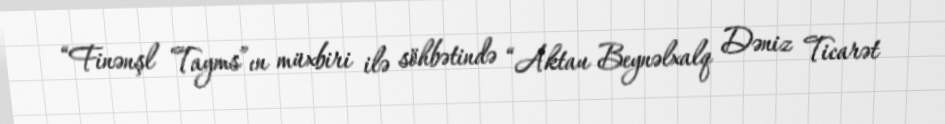
“Finənşl Tayms”ın müxbiri ilə söhbətində “Aktau Beynəlxalq Dəniz Ticarət